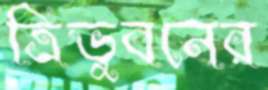
ত্রিভুবনের